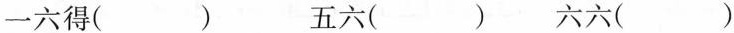
一六得( ) 五六( ) 六六( )